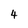
Character: 4